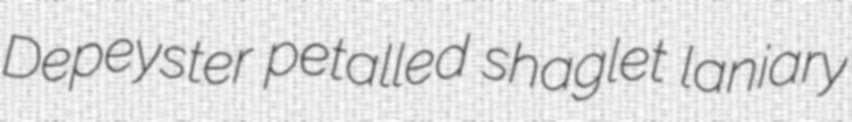
Depeyster petalled shaglet laniary